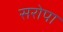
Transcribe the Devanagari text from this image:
सरोपा